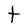
Character: t